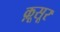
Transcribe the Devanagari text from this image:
क़ूसूर